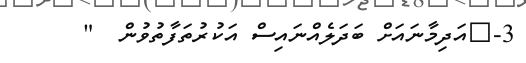
3-	އަދިމާނައަށް ބަދަލެއްނައިސް އަކުރުތަފާތުވުން  "